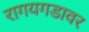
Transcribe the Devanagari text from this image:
रागयगडावर